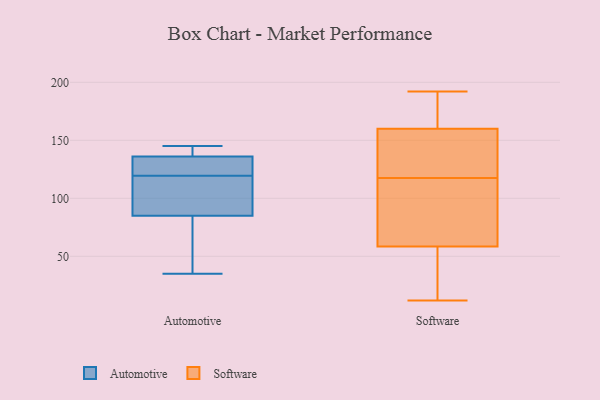
{"axis": {"x": "Headcount", "y": "Value"}, "legend": ["Automotive", "Software"], "data": [{"x": "", "y": 140, "type": "Automotive"}, {"x": "", "y": 132, "type": "Automotive"}, {"x": "", "y": 126, "type": "Automotive"}, {"x": "", "y": 112, "type": "Automotive"}, {"x": "", "y": 117, "type": "Automotive"}, {"x": "", "y": 35, "type": "Automotive"}, {"x": "", "y": 122, "type": "Automotive"}, {"x": "", "y": 143, "type": "Automotive"}, {"x": "", "y": 37, "type": "Automotive"}, {"x": "", "y": 145, "type": "Automotive"}, {"x": "", "y": 74, "type": "Automotive"}, {"x": "", "y": 96, "type": "Automotive"}, {"x": "", "y": 125, "type": "Software"}, {"x": "", "y": 86, "type": "Software"}, {"x": "", "y": 30, "type": "Software"}, {"x": "", "y": 167, "type": "Software"}, {"x": "", "y": 192, "type": "Software"}, {"x": "", "y": 153, "type": "Software"}, {"x": "", "y": 110, "type": "Software"}, {"x": "", "y": 74, "type": "Software"}, {"x": "", "y": 43, "type": "Software"}, {"x": "", "y": 182, "type": "Software"}, {"x": "", "y": 31, "type": "Software"}, {"x": "", "y": 12, "type": "Software"}, {"x": "", "y": 145, "type": "Software"}, {"x": "", "y": 147, "type": "Software"}, {"x": "", "y": 182, "type": "Software"}, {"x": "", "y": 93, "type": "Software"}]}